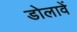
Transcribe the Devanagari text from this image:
डोलावें